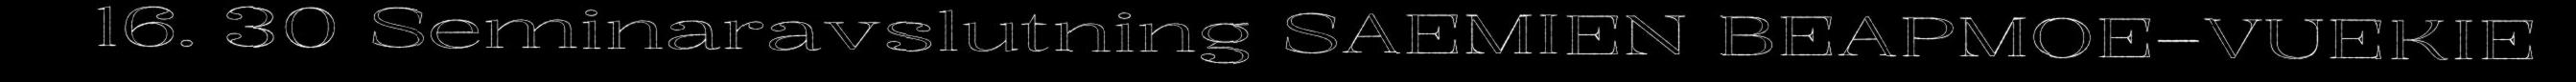
16. 30 Seminaravslutning SAEMIEN BEAPMOE–VUEKIE